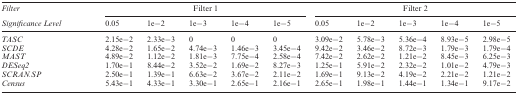
<table><thead><tr><td><b><i>Filter</i></b></td><td colspan="5"><b>Filter 1</b></td><td colspan="5"><b>Filter 2</b></td></tr><tr><td><b><i>Significance Level</i></b></td><td><b>0.05</b></td><td><b>1e−2</b></td><td><b>1e−3</b></td><td><b>1e−4</b></td><td><b>1e−5</b></td><td><b>0.05</b></td><td><b>1e−2</b></td><td><b>1e−3</b></td><td><b>1e−4</b></td><td><b>1e−5</b></td></tr></thead><tbody><tr><td><i>TASC</i></td><td>2.15e−2</td><td>2.33e−3</td><td>0</td><td>0</td><td>0</td><td>3.09e−2</td><td>5.78e−3</td><td>5.36e−4</td><td>8.93e−5</td><td>2.98e−5</td></tr><tr><td><i>SCDE</i></td><td>4.28e−2</td><td>1.65e−2</td><td>4.74e−3</td><td>1.46e−3</td><td>3.45e−4</td><td>9.42e−2</td><td>3.46e−2</td><td>8.72e−3</td><td>1.79e−3</td><td>1.79e−4</td></tr><tr><td><i>MAST</i></td><td>4.89e−2</td><td>1.12e−2</td><td>1.81e−3</td><td>7.75e−4</td><td>2.58e−4</td><td>7.42e−2</td><td>2.62e−2</td><td>1.21e−2</td><td>8.45e−3</td><td>6.25e−3</td></tr><tr><td><i>DESeq2</i></td><td>1.70e−1</td><td>8.44e−2</td><td>3.52e−2</td><td>1.69e−2</td><td>8.27e−3</td><td>1.25e−1</td><td>5.91e−2</td><td>2.32e−2</td><td>1.01e−2</td><td>4.79e−3</td></tr><tr><td><i>SCRAN.SP</i></td><td>2.50e−1</td><td>1.39e−1</td><td>6.63e−2</td><td>3.67e−2</td><td>2.11e−2</td><td>1.69e−1</td><td>9.13e−2</td><td>4.19e−2</td><td>2.21e−2</td><td>1.21e−2</td></tr><tr><td><i>Census</i></td><td>5.43e−1</td><td>4.33e−1</td><td>3.30e−1</td><td>2.65e−1</td><td>2.16e−1</td><td>2.65e−1</td><td>1.98e−1</td><td>1.44e−1</td><td>1.34e−1</td><td>9.17e−2</td></tr></tbody></table>